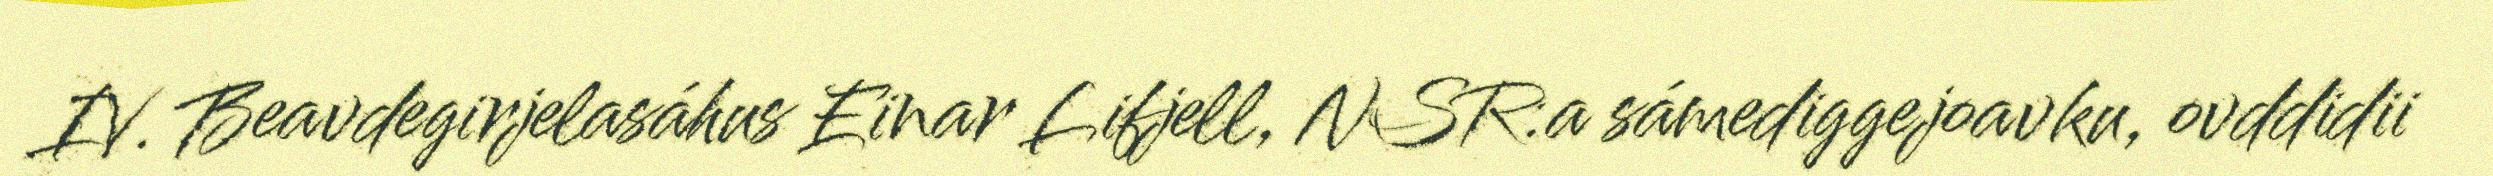
IV. Beavdegirjelasáhus Einar Lifjell, NSR:a sámediggejoavku, ovddidii